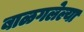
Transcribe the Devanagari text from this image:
बाळगलेल्या